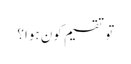
تو تقسیم کون ہوا؟